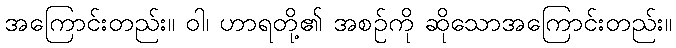
အကြောင်းတည်း။ ဝါ၊ ဟာရတို့၏ အစဉ်ကို ဆိုသောအကြောင်းတည်း။